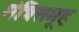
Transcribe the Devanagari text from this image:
मंत्रिसमूह